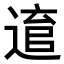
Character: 𨕕